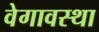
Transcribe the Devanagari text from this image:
वेगावस्था